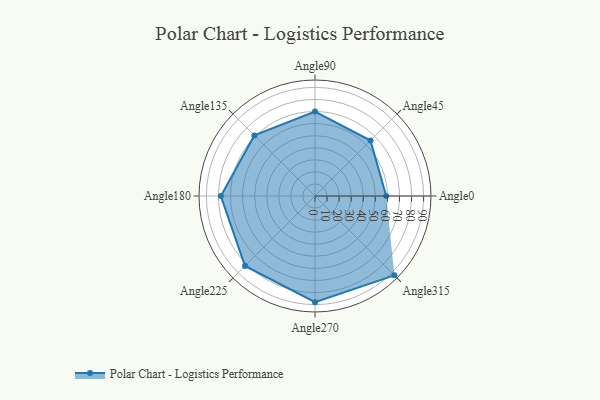
{"axis": {"x": "Angle", "y": "Radius"}, "legend": [""], "data": [{"x": "Angle0", "y": 59.0, "type": ""}, {"x": "Angle45", "y": 65.0, "type": ""}, {"x": "Angle90", "y": 70.0, "type": ""}, {"x": "Angle135", "y": 71.0, "type": ""}, {"x": "Angle180", "y": 78.0, "type": ""}, {"x": "Angle225", "y": 82.0, "type": ""}, {"x": "Angle270", "y": 88.0, "type": ""}, {"x": "Angle315", "y": 93.0, "type": ""}]}